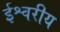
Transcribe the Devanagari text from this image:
र्इश्वरीय